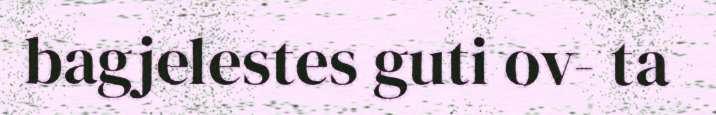
bagjelestes guti ov- ta